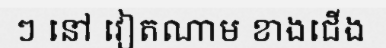
ៗ នៅ វៀតណាម ខាងជើង